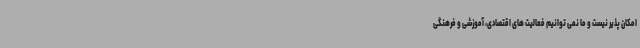
امکان پذیر نیست و ما نمی توانیم فعالیت های اقتصادی، آموزشی و فرهنگی